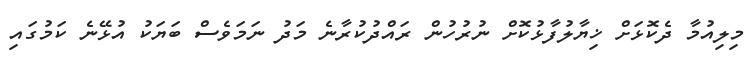
މިލިއުމާ ދެކޮޅަށް ޚިޔާލުފާޅުކޮށް ނުރުހުން ރައްދުކުރާނެ މަދު ނަމަވެސް ބަޔަކު އުޅޭނެ ކަމުގައި